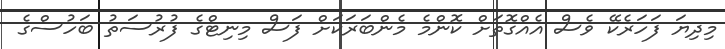
މިދިޔަ ފަހަރެކޭ ވެސް އެއްގޮތަށް ކޮންމެ މެންބަރަކަށް ފަސް މިނިޓްގެ ފުރުސަތު ބަހުސްގެ